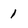
Character: 1